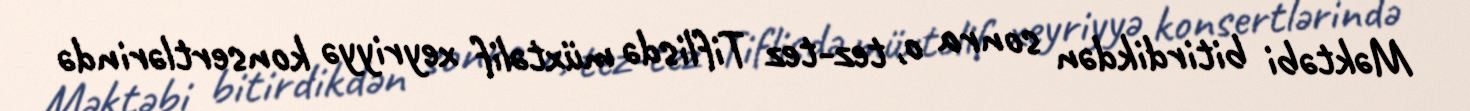
Məktəbi bitirdikdən sonra o, tez-tez Tiflisdə müxtəlif xeyriyyə konsertlərində